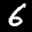
Label: 6